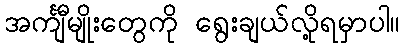
အင်္ကျီမျိုးတွေကို ရွေးချယ်လို့ရမှာပါ။